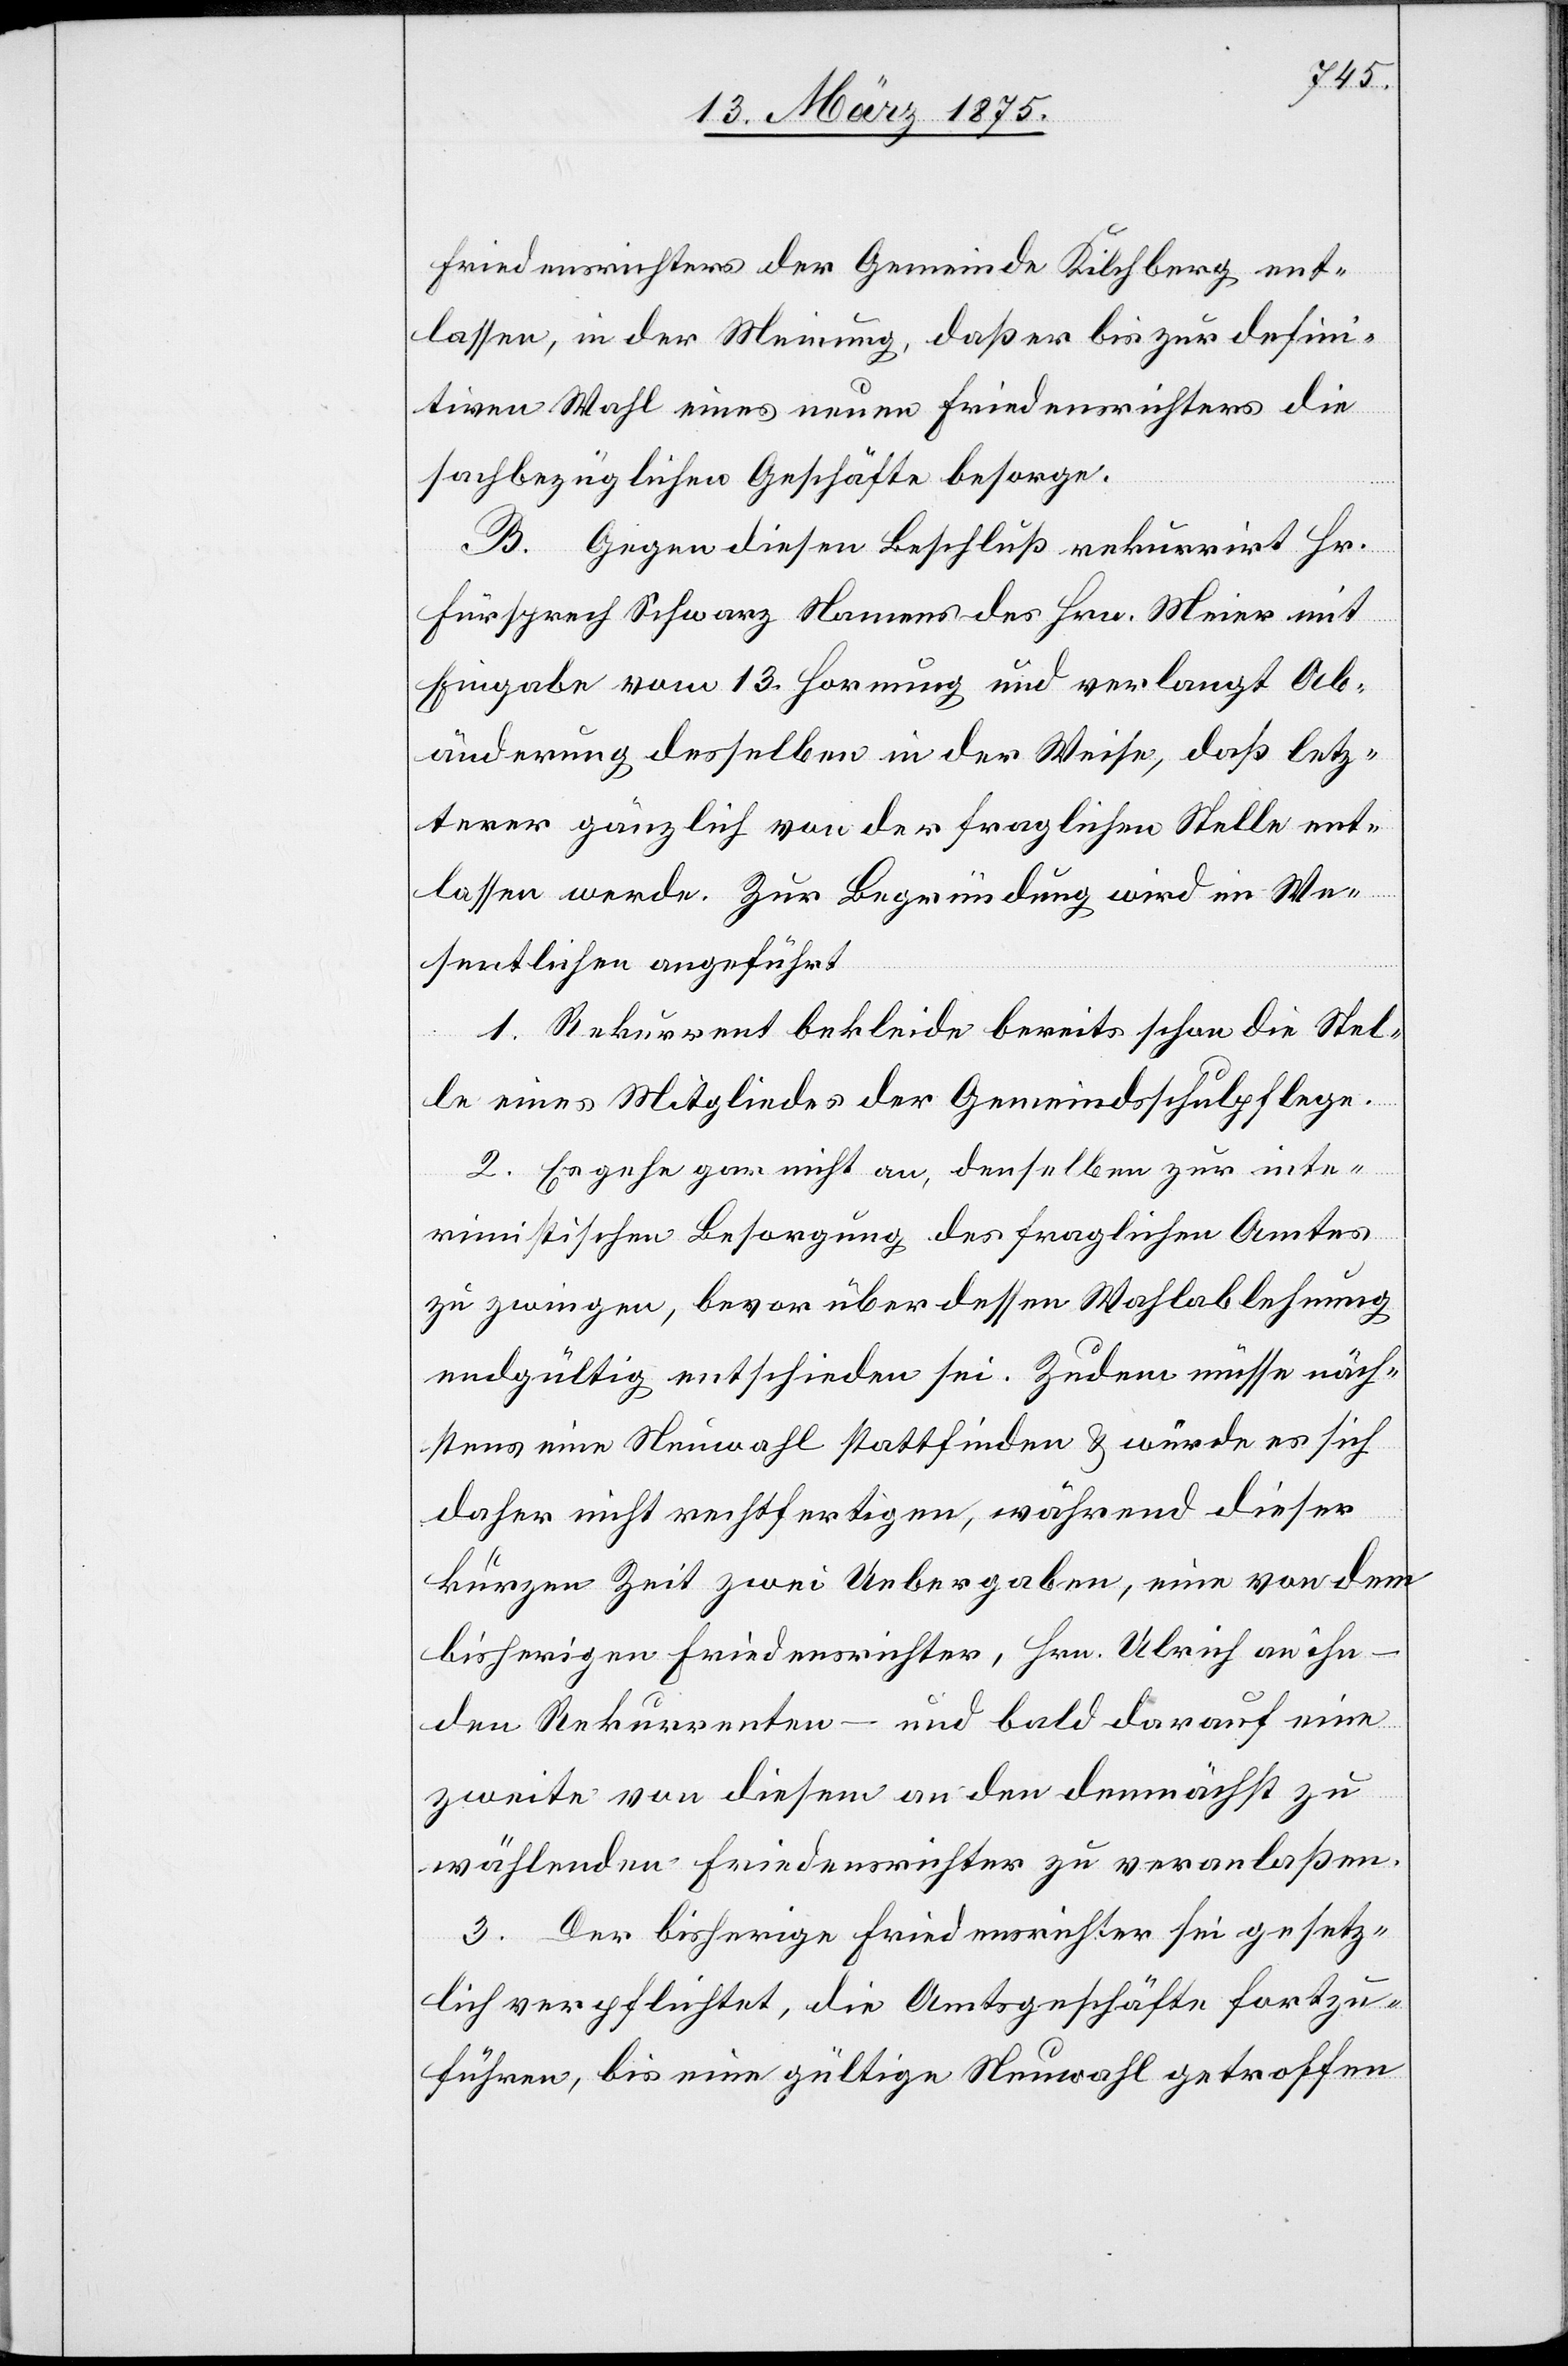
Friedenrichters der Gemeinde Kilchberg ent¬
lassen, in der Meinung, daß er bis zur defini¬
tiven Wahl eines neuen Friedensrichter die
sachbezüglichen Geschäfte besorge.
B. Gegen diesen Beschluß rekurrirt Hr.
Fürsprech Schwarz Namens des Hrn. Meier mit
Eingabe vom 13. Hornung und verlangt Ab¬
änderung desselben in der Weise, daß letz¬
terer gänzlich von der fraglichen Stelle ent¬
lassen werde. Zur Begründung wird im We¬
sentlichen angeführt
1. Rekurrent bekleide bereits schon die Stel¬
le eines Mitgliedes der Gemeindeschulpflege.
2. Es gehe gar nicht an, denselben zur inte¬
rimistischen Besorgung des fraglichen Amtes
zu zwingen, bevor über dessen Wahlablehnung
endgültig entschieden sei. Zudem müsse näch¬
stens eine Neuwahl stattfinden & würde es sich
daher nicht rechtfertigen, während dieser
kurzen Zeit zwei Uebergaben, eine von dem
bisherigen Friedensrichter, Hrn. Ulrich an ihn
den Rekurrenten – und bald darauf eine
zweite von diesem an den demnächst zu
wählenden Friedensrichter zu veranlaßen.
3. Der bisherige Friedensrichter sei gesetz¬
lich verpflichtet, die Amtsgeschäfte fortzu¬
führen, bis eine gültige Neuwahl getroffen